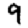
Digit: 9